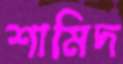
শামিদ